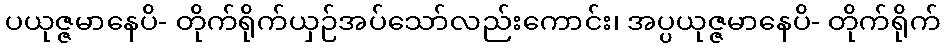
ပယုဇ္ဇမာနေပိ- တိုက်ရိုက်ယှဉ်အပ်သော်လည်းကောင်း၊ အပ္ပယုဇ္ဇမာနေပိ- တိုက်ရိုက်